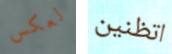
لعكس اتظنين